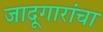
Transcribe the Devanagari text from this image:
जादूगारांचा